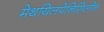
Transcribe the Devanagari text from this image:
मेथयिलपेनिसिलीन